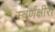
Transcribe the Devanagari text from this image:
स्वर्णक्षीरी